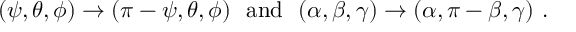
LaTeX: ( \psi , \theta , \phi ) \to ( \pi - \psi , \theta , \phi ) \ \ \mathrm { a n d } \ \ ( \alpha , \beta , \gamma ) \to ( \alpha , \pi - \beta , \gamma ) \ .